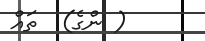
( ންގެ)  ތައް